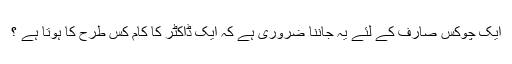
ایک چوکس صارف کے لئے یہ جاننا ضروری ہے کہ ایک ڈاکٹر کا کام کس طرح کا ہوتا ہے ؟